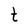
Character: t